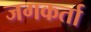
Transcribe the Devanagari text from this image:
जगकर्ता